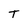
Character: T